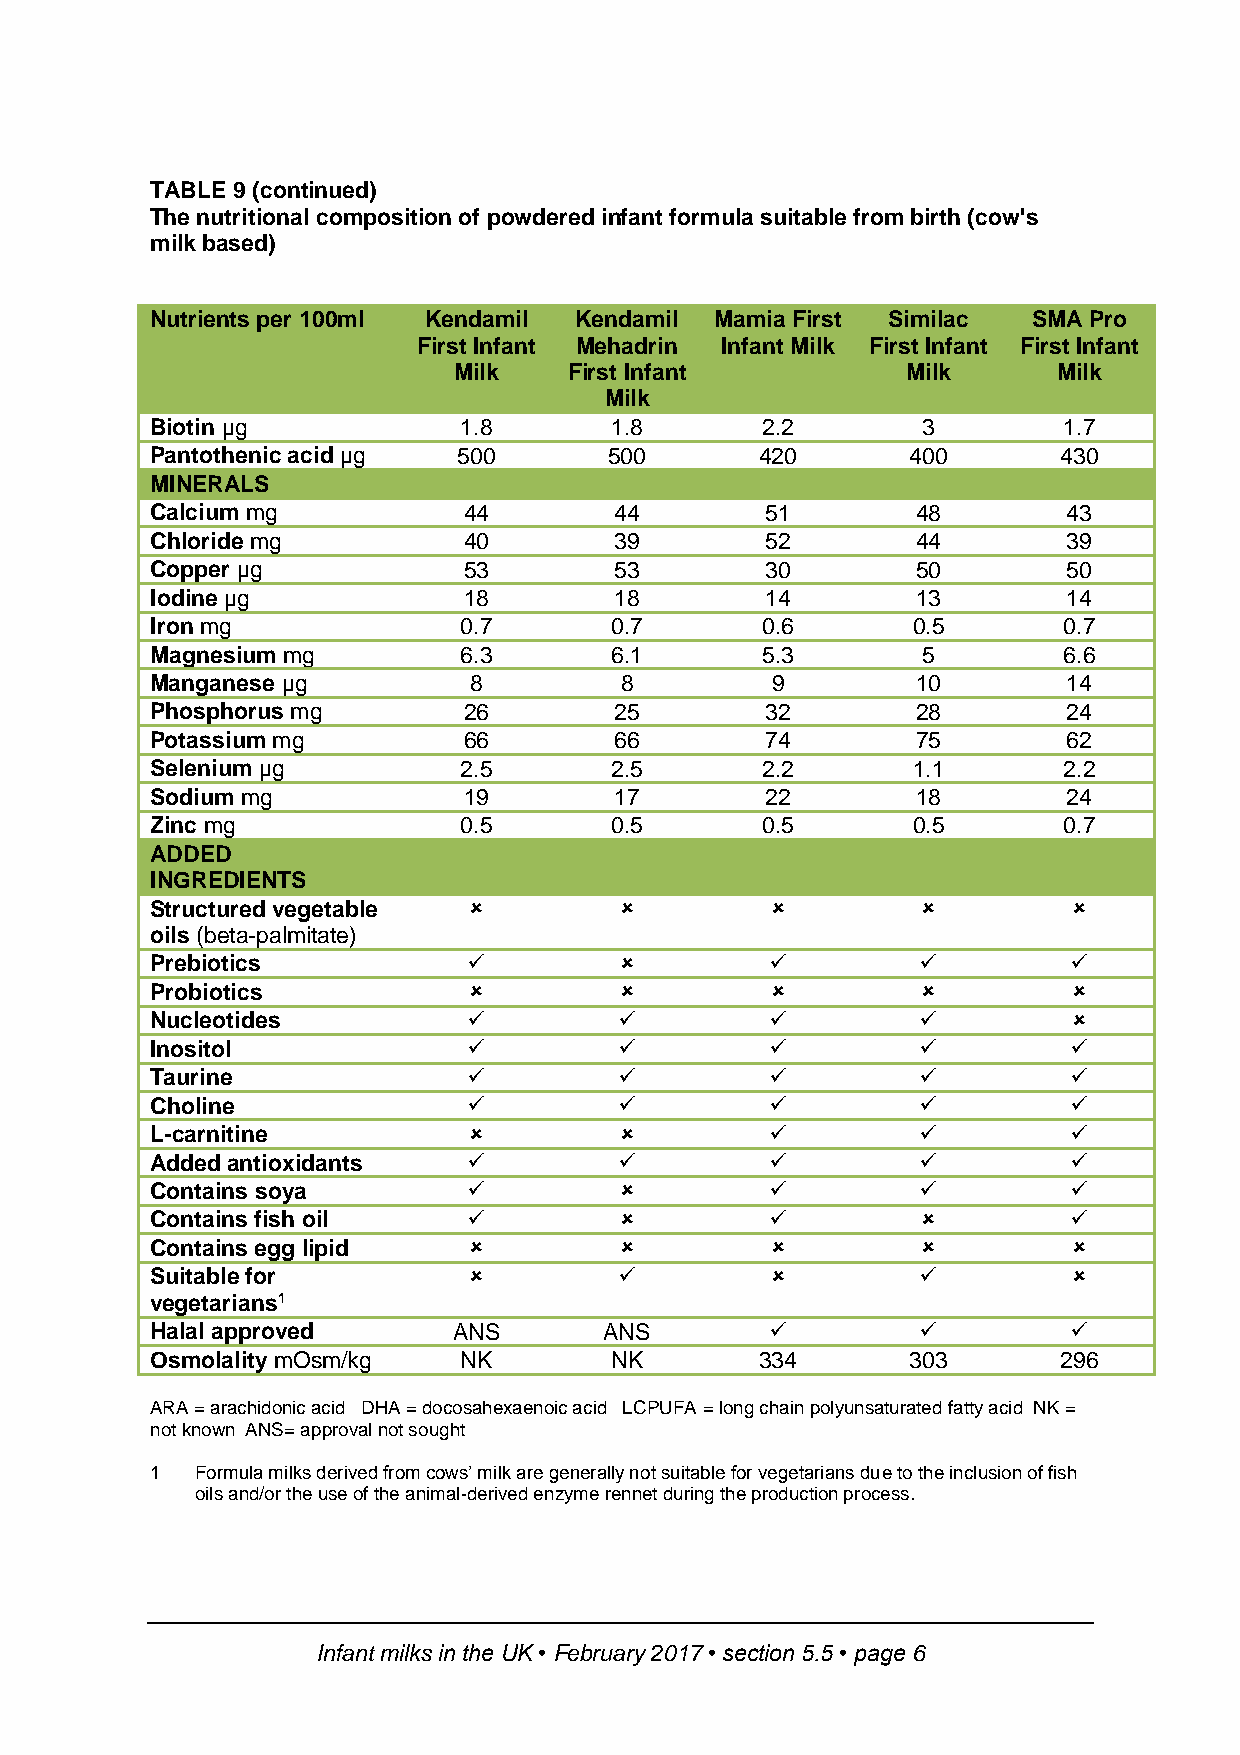
TABLE 9 (continued)
 The nutritional composition of powdered infant formula suitable from birth (cow's
 milk based)
 Nutrients per 100ml Kendamil Kendamil Mamia First Similac SMA Pro
 First Infant Mehadrin Infant Milk First Infant First Infant
 Milk    First Infant          Milk      Milk
 Milk
 Biotin µg           1.8       1.8       2.2        3        1.7
 Pantothenic acid µg 500       500       420       400       430
 MINERALS
 Calcium mg           44        44        51        48        43
 Chloride mg          40        39        52        44        39
 Copper µg            53        53        30        50        50
 Iodine µg            18        18        14        13        14
 Iron mg             0.7       0.7       0.6       0.5       0.7
 Magnesium mg        6.3       6.1       5.3        5        6.6
 Manganese µg         8         8         9         10        14
 Phosphorus mg        26        25        32        28        24
 Potassium mg         66        66        74        75        62
 Selenium µg         2.5       2.5       2.2       1.1       2.2
 Sodium mg            19        17        22        18        24
 Zinc mg             0.5       0.5       0.5       0.5       0.7
 ADDED
 INGREDIENTS
 Structured vegetable                                     
 oils (beta-palmitate)
 Prebiotics                                               
 Probiotics                                               
 Nucleotides                                              
 Inositol                                                 
 Taurine                                                  
 Choline                                                  
 L-carnitine                                              
 Added antioxidants                                       
 Contains soya                                            
 Contains fish oil                                        
 Contains egg lipid                                       
 Suitable for                                             
 vegetarians1
 Halal approved      ANS       ANS                          
 Osmolality mOsm/kg  NK        NK        334       303       296
 ARA = arachidonic acid DHA = docosahexaenoic acid LCPUFA = long chain polyunsaturated fatty acid NK =
 not known ANS= approval not sought
 1  Formula milks derived from cows’ milk are generally not suitable for vegetarians due to the inclusion of fish
 oils and/or the use of the animal-derived enzyme rennet during the production process.
 Infant milks in the UK • February 2017 • section 5.5 • page 6